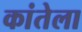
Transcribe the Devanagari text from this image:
कांतेला